system: You are a helpful assistant.
user:
Analyze the provided spectrum to determine if it is a **S-type Star**.

- **Key Indicators for S-type Star:**

    - **(Overall Spectrum Shape):** The first and most obvious characteristic is the overall continuum (the "baseline" shape). It is **extremely "red-sloping,"** meaning the flux (light intensity) is very low on the left side (blue, ~4000-4500 Å) and rises steeply and continuously toward the right side (red, ~7000 Å+).

    - **(Primary):** The spectrum is defined by the presence of strong, broad molecular absorption "valleys" (bands) from **Zirconium Oxide (ZrO)**. The identification of these bands is the **primary requirement** for classifying a star as S-type.
        - **(Key Bandheads):** You must find distinct, deep "dips" where the light has been absorbed. The most critical band systems to locate are:
            - **~6474 Å** ($\gamma$-system): This is often the strongest and clearest ZrO feature, found in the red part of the spectrum.
            - **~5718 Å** & **~5551 Å** ($\beta$-system): A pair of prominent absorption features in the yellow-orange part of the spectrum.
            - **~4640 Å** ($\alpha$-system): A key absorption band system in the blue-green region of the spectrum.

    - **(Secondary Confirmation):** The classification is strengthened by finding additional absorption bands from other related heavy element oxides, which are expected to be present alongside ZrO.
        - **(Key Bandheads):**
            - **Yttrium Oxide (YO):** Look for absorption dips near **~4800 Å** and **~6100 Å**.
            - **Lanthanum Oxide (LaO):** Additional absorption features, particularly in the red-orange part of the spectrum, are also characteristic.

    - **(Line Profile):** The combination of the steep red continuum and these numerous, deep molecular bands (ZrO, YO, etc.) gives the entire spectrum a very **"chopped-up"** or **"bumpy"** appearance. Instead of a smooth curve, the spectrum looks as though large, wide chunks of light have been "carved out" of it at the specific wavelengths listed above.

Think first, call **spectral_visualization_tool** if needed to examine features in detail, then provide your final answer. Your response must adhere to the following strict rules:
1.  **Overall Structure:** Your response must follow the format `<think>...</think> <tool_call>...</tool_call> (if a tool is used) <answer>...</answer>`.
2.  **Tool Usage Constraint:** You may only make **one** tool call per turn.
3.  **Final Answer Format:** In the `<answer>` tag, your conclusion must be inside a `\boxed{}` command (e.g., `\boxed{YES}` or `\boxed{NO}`), followed by your justification.

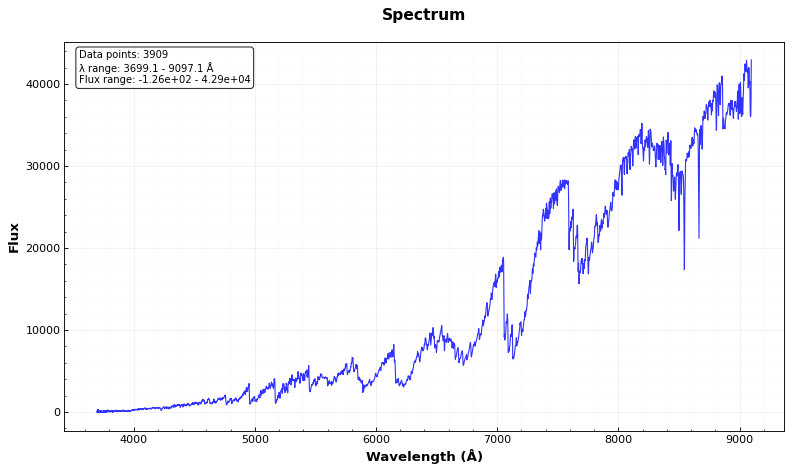
Answer: YES